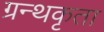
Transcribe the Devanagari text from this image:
ग्रन्थकृता